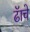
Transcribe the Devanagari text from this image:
ढॅाचे